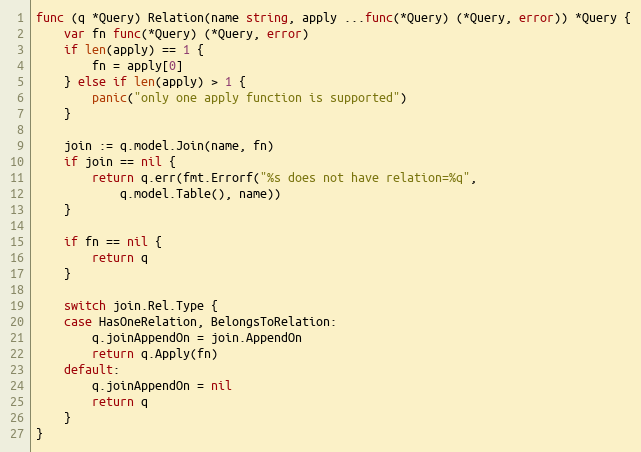
Language: Go
func (q *Query) Relation(name string, apply ...func(*Query) (*Query, error)) *Query {
	var fn func(*Query) (*Query, error)
	if len(apply) == 1 {
		fn = apply[0]
	} else if len(apply) > 1 {
		panic("only one apply function is supported")
	}

	join := q.model.Join(name, fn)
	if join == nil {
		return q.err(fmt.Errorf("%s does not have relation=%q",
			q.model.Table(), name))
	}

	if fn == nil {
		return q
	}

	switch join.Rel.Type {
	case HasOneRelation, BelongsToRelation:
		q.joinAppendOn = join.AppendOn
		return q.Apply(fn)
	default:
		q.joinAppendOn = nil
		return q
	}
}